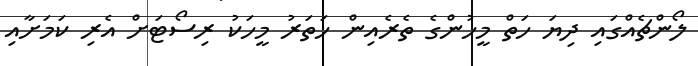
ލޯންޗެއްގައި ދިޔަ ހަތް މީހުންގެ ތެރެއިން ހަތަރު މީހަކު ރިސޯޓަށް އެރި ކަމަށާއި